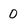
Character: 0